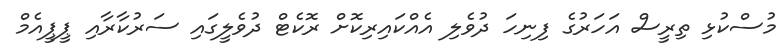
މުސްކުޅި ތިރީސް އަހަރުގެ ފިނިހަ ދުވެލި އެއްކައިރިކޮށް ރޮކެޓް ދުވެލީގައި ސަރުކާރާއި ޕީޕީއެމް